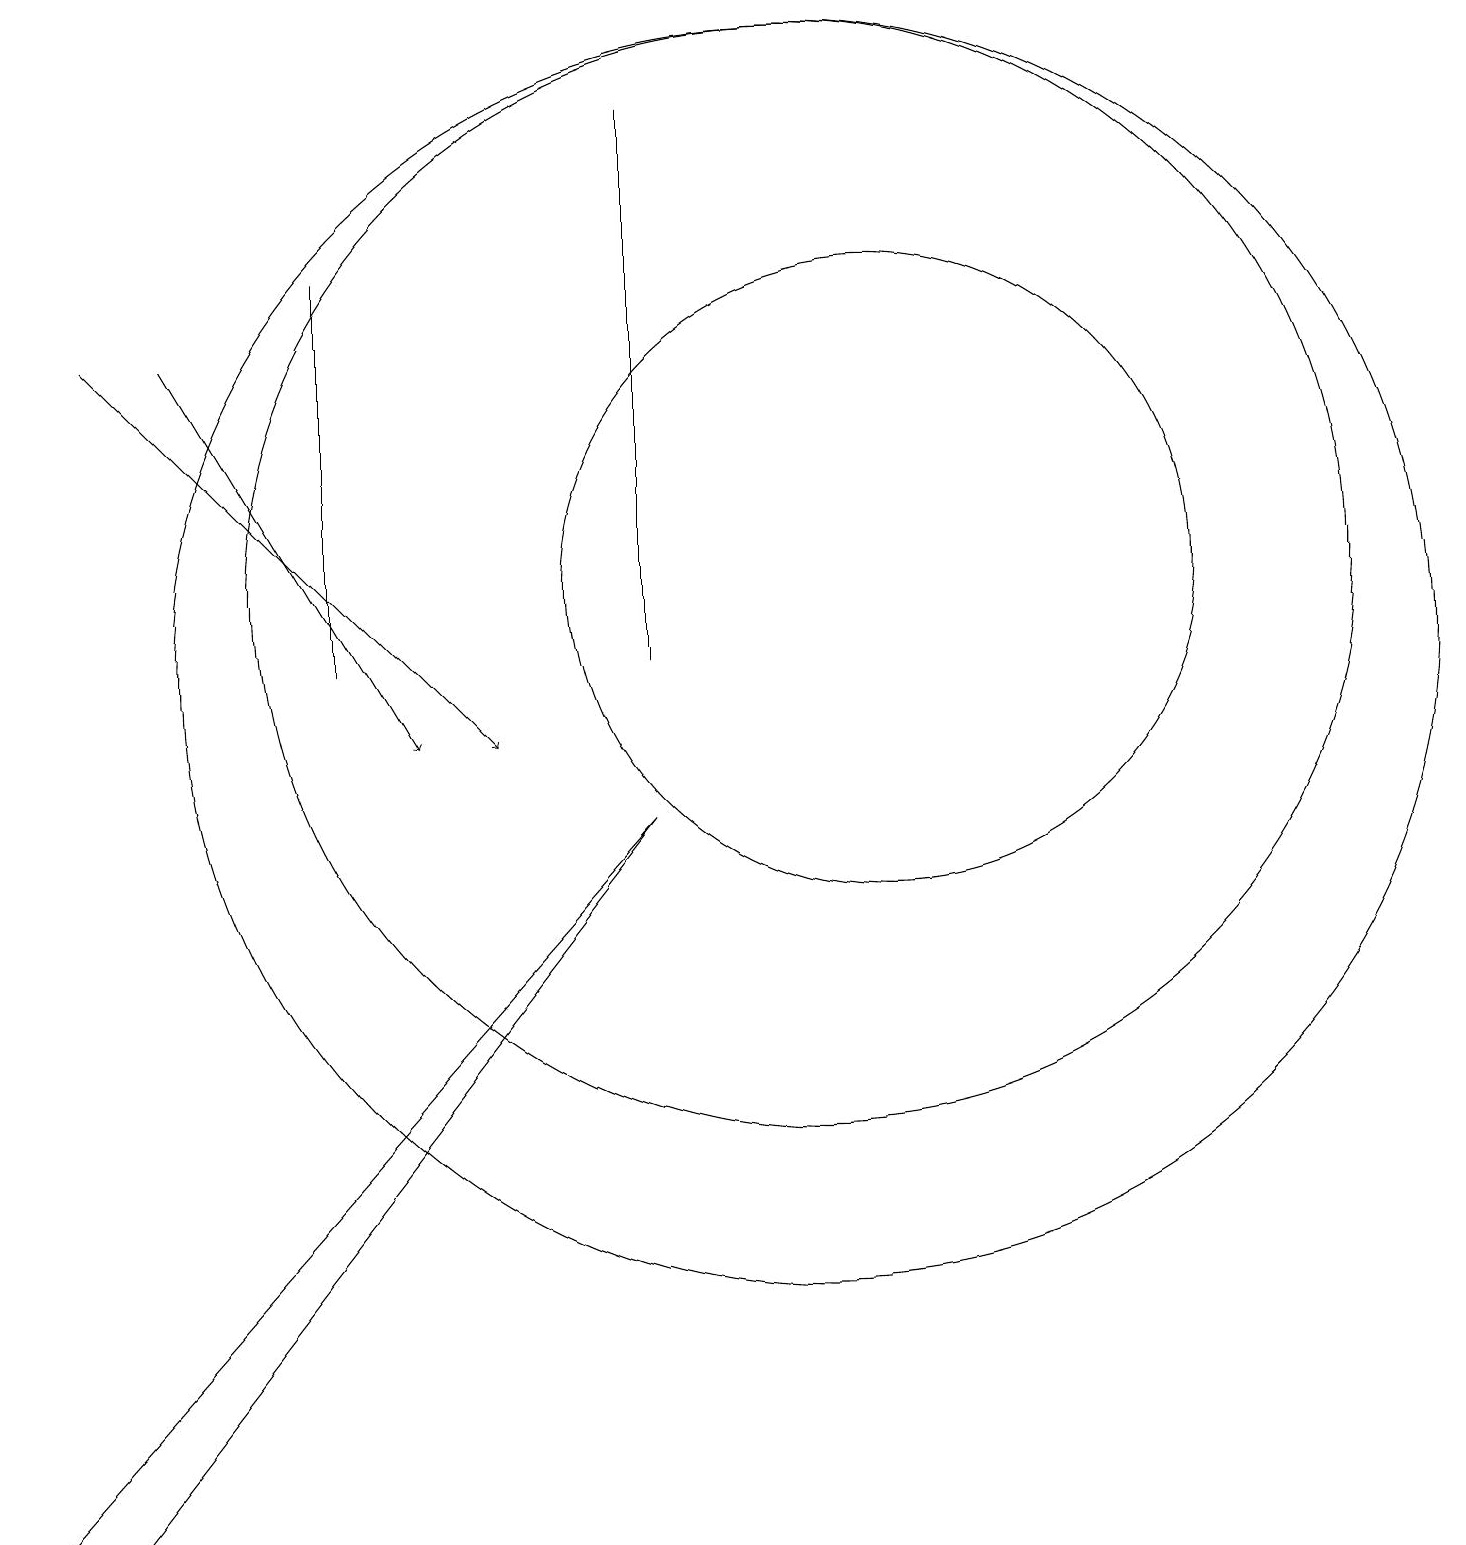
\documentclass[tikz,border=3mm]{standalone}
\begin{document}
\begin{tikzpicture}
\draw[->] (1,15) -- (6,10);
\draw (1,0) -- (0,0) -- (8,9) -- cycle;
\draw (4,16) rectangle (4,11);
\draw (10,11) circle (8);
\draw (8,18) rectangle (8,11);
\draw (10,12) circle (7);
\draw[->] (2,15) -- (5,10);
\draw (11,12) circle (4);
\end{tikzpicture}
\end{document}